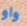
واو